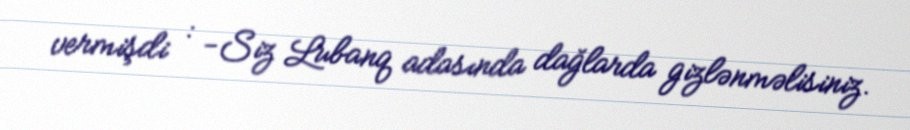
vermişdi : -Siz Lubanq adasında dağlarda gizlənməlisiniz.